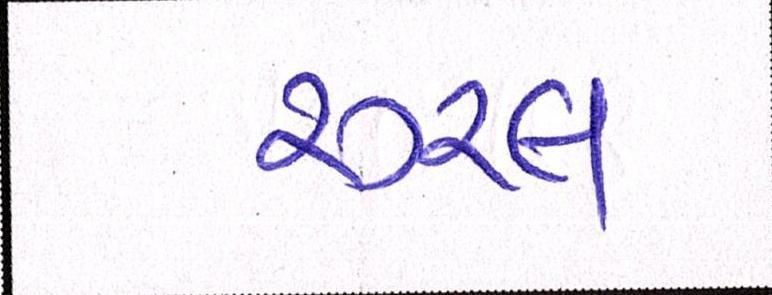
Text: રૂરલ